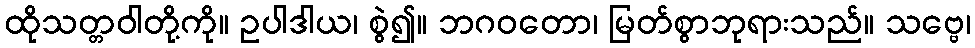
ထိုသတ္တဝါတို့ကို။ ဥပါဒါယ၊ စွဲ၍။ ဘဂဝတော၊ မြတ်စွာဘုရားသည်။ သဗ္ဗေ၊